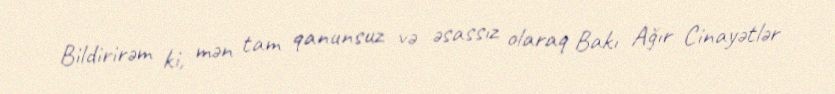
Bildirirəm ki, mən tam qanunsuz və əsassız olaraq Bakı Ağır Cinayətlər